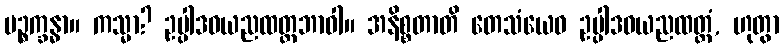
ပဉ္စက္ခန္ဓာ။ ကသ္မာ? ဥပ္ပါဒဝယညထတ္တဘာဝါ။ အနိစ္စတာတိ တေသံယေဝ ဥပ္ပါဒဝယညထတ္တံ, ဟုတွာ